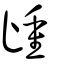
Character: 歱